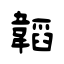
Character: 韜